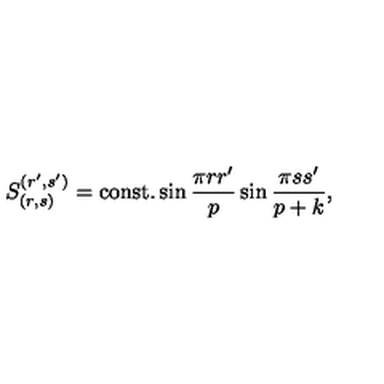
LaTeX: S _ { ( r , s ) } ^ { ( r ^ { \prime } , s ^ { \prime } ) } = \mathrm { c o n s t . } \sin { \frac { \pi r r ^ { \prime } } { p } } \sin { \frac { \pi s s ^ { \prime } } { p + k } } ,